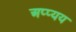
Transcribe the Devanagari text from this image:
अप्प्यय